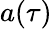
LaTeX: a(\tau)